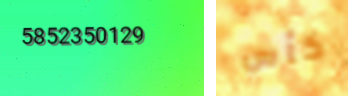
5852350129 كأس